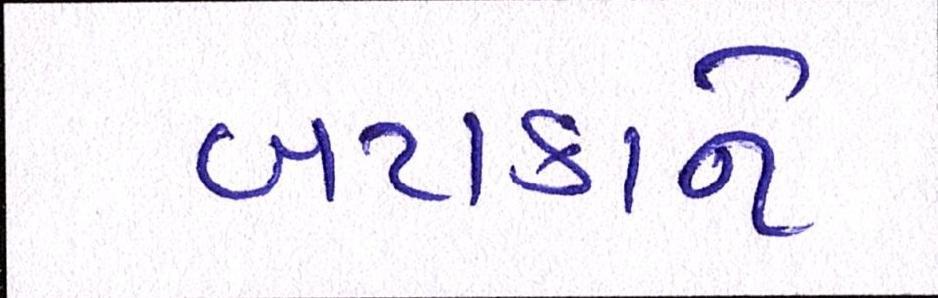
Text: બટાકાને